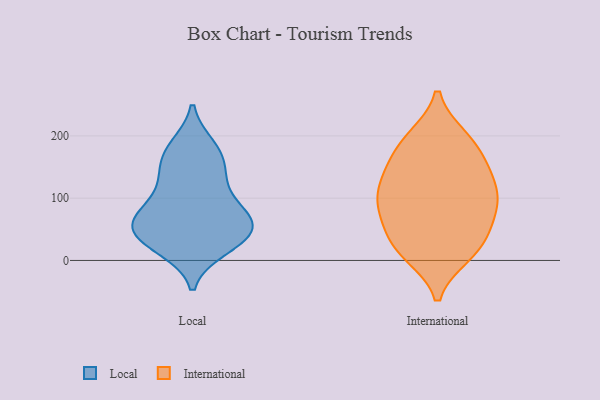
{"axis": {"x": "Customer Acquisition Cost (USD)", "y": "Value"}, "legend": ["International", "Local"], "data": [{"x": "", "y": 46, "type": "Local"}, {"x": "", "y": 73, "type": "Local"}, {"x": "", "y": 69, "type": "Local"}, {"x": "", "y": 180, "type": "Local"}, {"x": "", "y": 124, "type": "Local"}, {"x": "", "y": 164, "type": "Local"}, {"x": "", "y": 46, "type": "Local"}, {"x": "", "y": 69, "type": "Local"}, {"x": "", "y": 46, "type": "Local"}, {"x": "", "y": 183, "type": "Local"}, {"x": "", "y": 148, "type": "Local"}, {"x": "", "y": 63, "type": "Local"}, {"x": "", "y": 89, "type": "Local"}, {"x": "", "y": 32, "type": "Local"}, {"x": "", "y": 22, "type": "Local"}, {"x": "", "y": 19, "type": "Local"}, {"x": "", "y": 124, "type": "Local"}, {"x": "", "y": 78, "type": "International"}, {"x": "", "y": 196, "type": "International"}, {"x": "", "y": 142, "type": "International"}, {"x": "", "y": 187, "type": "International"}, {"x": "", "y": 48, "type": "International"}, {"x": "", "y": 197, "type": "International"}, {"x": "", "y": 94, "type": "International"}, {"x": "", "y": 149, "type": "International"}, {"x": "", "y": 159, "type": "International"}, {"x": "", "y": 103, "type": "International"}, {"x": "", "y": 10, "type": "International"}, {"x": "", "y": 67, "type": "International"}, {"x": "", "y": 87, "type": "International"}, {"x": "", "y": 121, "type": "International"}, {"x": "", "y": 14, "type": "International"}, {"x": "", "y": 18, "type": "International"}, {"x": "", "y": 114, "type": "International"}, {"x": "", "y": 29, "type": "International"}]}